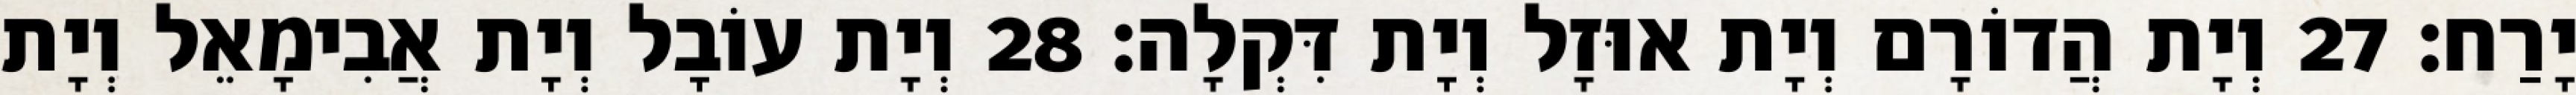
יָרַח׃ 27 וְיָת הֲדוֹרָם וְיָת אוּזָל וְיָת דִּקְלָה׃ 28 וְיָת עוֹבָל וְיָת אֲבִימָאֵל וְיָת